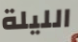
الليلة